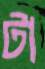
টা